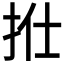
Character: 𢫟